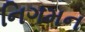
નિગમન